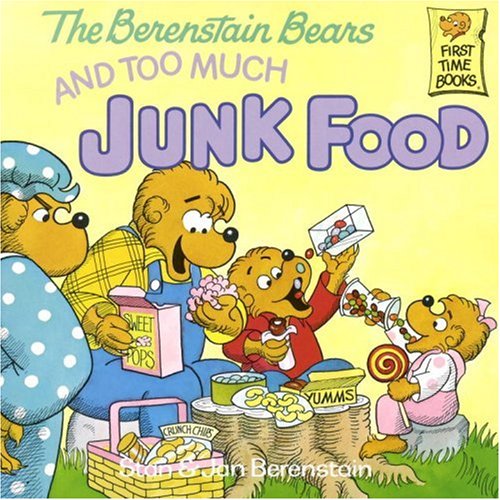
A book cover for The Berenstain Bears and Too Much Junk Food; Stan Berenstain; Children's Books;